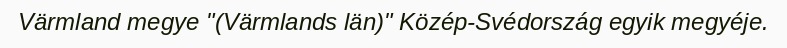
Värmland megye "(Värmlands län)" Közép-Svédország egyik megyéje.